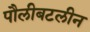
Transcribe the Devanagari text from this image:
पौलीबटलीन